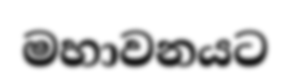
මහාවනයට